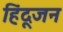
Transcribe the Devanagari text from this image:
हिंदूजन